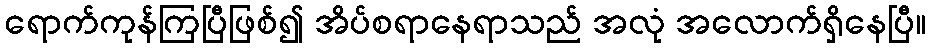
ရောက်ကုန်ကြပြီဖြစ်၍ အိပ်စရာနေရာသည် အလုံ အလောက်ရှိနေပြီ။